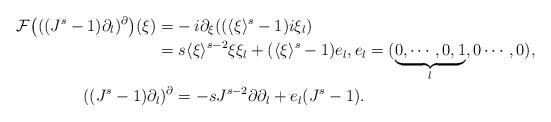
LaTeX: \begin{align*} \mathcal F{\bigl( ( (J^s-1) \partial_l)^{\partial} \bigr)} (\xi)=& - i \partial_{\xi} ( (\langle \xi \rangle^s-1) i \xi_l) \\= & \; s \langle \xi \rangle^{s-2} \xi \xi_l+ (\langle \xi \rangle^s -1) e_l, e_l=(\underbrace{0,\cdots,0,1}_l,0\cdots,0), \\ ( (J^s-1) \partial_l)^{\partial} & = -s J^{s-2} \partial \partial_l + e_l (J^s-1).\end{align*}